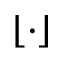
\lfloor \cdot \rfloor